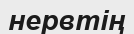
нервтің